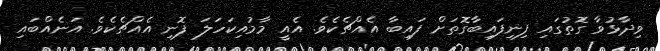
ވިދާޅުވާ ގޮތުގައި ފިނިފައިބާގޮތަށް ފައިބާ އެއްޗެކެވެ. އެއީ މާމުއިކަހަލަ ފޮނި އެއްޗެކެވެ. އަނެއްބައި